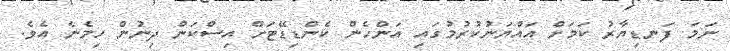
ނަމަ ފަނޑިޔާރު ކަމަށް އައްޔަނުކުރުމުގައި އަންހެން ކެންޑިޑޭޓަށް އިސްކަން ދިނުން ހިމެނެ އެވެ.